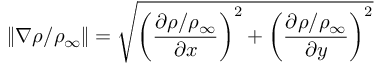
\left\| \nabla \rho / \rho _ { \infty } \right\| = \sqrt { \left( \frac { \partial \rho / \rho _ { \infty } } { \partial x } \right) ^ { 2 } + \left( \frac { \partial \rho / \rho _ { \infty } } { \partial y } \right) ^ { 2 } }